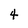
Character: 4